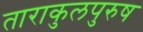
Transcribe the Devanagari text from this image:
ताराकुलपुरुष